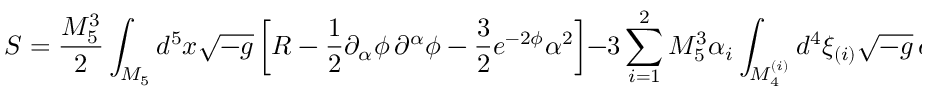
S = \frac { M _ { 5 } ^ { 3 } } { 2 } \int _ { { \cal M } _ { 5 } } d ^ { 5 } x \sqrt { - g } \left[ R - \frac { 1 } { 2 } \partial _ { \alpha } \phi \, \partial ^ { \alpha } \phi - \frac { 3 } { 2 } e ^ { - 2 \phi } \alpha ^ { 2 } \right] - 3 \sum _ { i = 1 } ^ { 2 } M _ { 5 } ^ { 3 } \alpha _ { i } \int _ { { \cal M } _ { 4 } ^ { ( i ) } } d ^ { 4 } \xi _ { ( i ) } \sqrt { - g } \, e ^ { - \phi } \, .